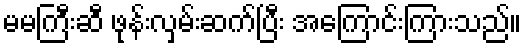
မမကြီးဆီ ဖုန်းလှမ်းဆက်ပြီး အကြောင်းကြားသည်။